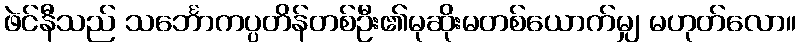
ဖဲင်နီသည် သင်္ဘောကပ္ပတိန်တစ်ဦး၏မုဆိုးမတစ်ယောက်မျှ မဟုတ်လော။